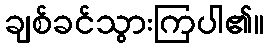
ချစ်ခင်သွားကြပါ၏။